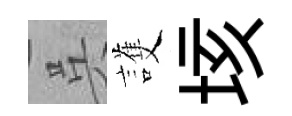
呉護垓